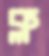
ক্ল